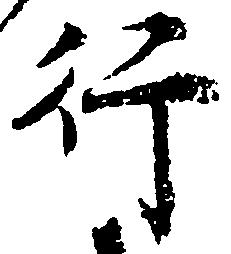
行